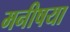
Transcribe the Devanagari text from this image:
मनीषया